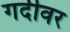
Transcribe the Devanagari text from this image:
गर्दीवर